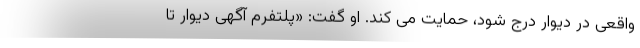
واقعی در دیوار درج شود، حمایت می کند. او گفت: «پلتفرم آگهی دیوار تا